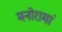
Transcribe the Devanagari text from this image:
मनोरामां